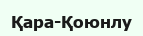
Қара-Қоюнлу